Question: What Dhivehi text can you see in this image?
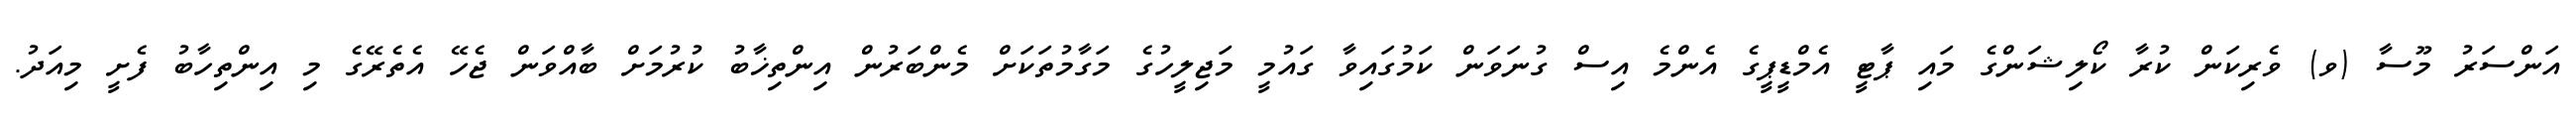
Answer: އަންސަރު މޫސާ (ވ) ވެރިކަން ކުރާ ކޯލިޝަންގެ މައި ޕާޓީ އެމްޑީޕީގެ އެންމެ އިސް ގުނަވަން ކަމުގައިވާ ގައުމީ މަޖިލީހުގެ މަގާމުތަކަށް މެންބަރުން އިންތިޚާބު ކުރުމަށް ބާއްވަން ޖެހޭ އެތެރޭގެ މި އިންތިހާބު ފެށީ މިއަދު.